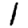
Digit: 1